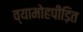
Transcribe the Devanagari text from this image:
व्यामोहपीड़ित